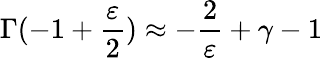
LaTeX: \Gamma(-1+\frac{\varepsilon}{2})\approx-\frac{2}{\varepsilon}+\gamma-1